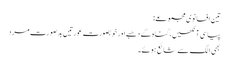
تین افسانوی مجموعے:
پیاسی آنکھیں، گناہ کے دھبے اور خوبصورت عورتیں بدصورت مرد
بھی الگ سے شائع ہوئے۔